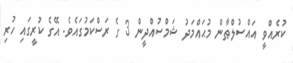
ކުރެއްވީ އައްސުލްޠާން މުޙައްމަދު ޝަމްސުއްދީން 3 ގެ ރަސްކަމުގައެވެ. އޭގެ ކުރީގައި ހުރި